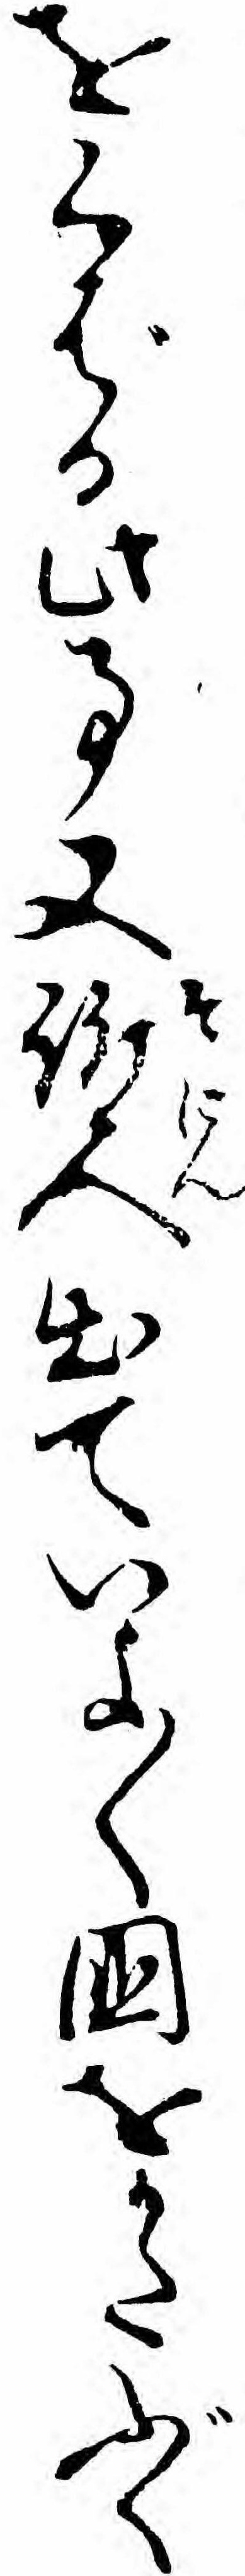
をくばる此事又訴人出ていよ〱国をかたぶく